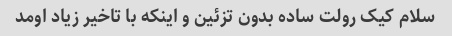
سلام کیک رولت ساده بدون تزئین و اینکه با تاخیر زیاد اومد